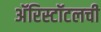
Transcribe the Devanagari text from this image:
अॅरिस्टॉटलची